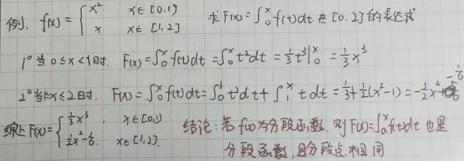
例. $f(x)=\begin{cases}x^{2},&x\in[0,1)\\x,&x\in[1,2]\end{cases}$ 求 $F(x)=\int_{0}^{x}f(t)dt$ 在 $[0,2]$ 的表达式
1. 当 $0\leq x<1$ 时, $F(x)=\int_{0}^{x}f(t)dt=\int_{0}^{x}t^{2}dt=\frac{1}{3}t^{3}\big|_{0}^{x}=\frac{1}{3}x^{3}$
2. 当 $1\leq x\leq 2$ 时, $F(x)=\int_{0}^{x}f(t)dt=\int_{0}^{1}t^{2}dt+\int_{1}^{x}t dt=\frac{1}{3}+\frac{1}{2}(x^{2}-1)=\frac{1}{2}x^{2}-\frac{1}{6}$
综上 $F(x)=\begin{cases}\frac{1}{3}x^{3},&x\in[0,1)\\\frac{1}{2}x^{2}-\frac{1}{6},&x\in[1,2]\end{cases}$ 结论: 若 $f(x)$ 为分段函数, 则 $F(x)=\int_{a}^{x}f(t)dt$ 也是
分段函数, 分段点相同